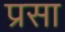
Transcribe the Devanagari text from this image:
प्रसा